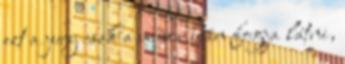
ezt a jury csak a műsor után fogja látni,